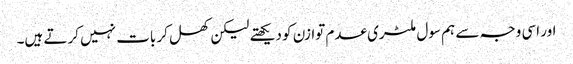
اور اسی وجہ سے ہم سول ملٹری عدم توازن کو دیکھتے لیکن کھل کر بات نہیں کرتے ہیں۔